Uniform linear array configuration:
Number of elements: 4
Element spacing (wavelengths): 0.75
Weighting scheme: uniform
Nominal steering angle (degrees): -45
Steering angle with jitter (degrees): -43.675
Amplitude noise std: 0.05
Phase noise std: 0.05

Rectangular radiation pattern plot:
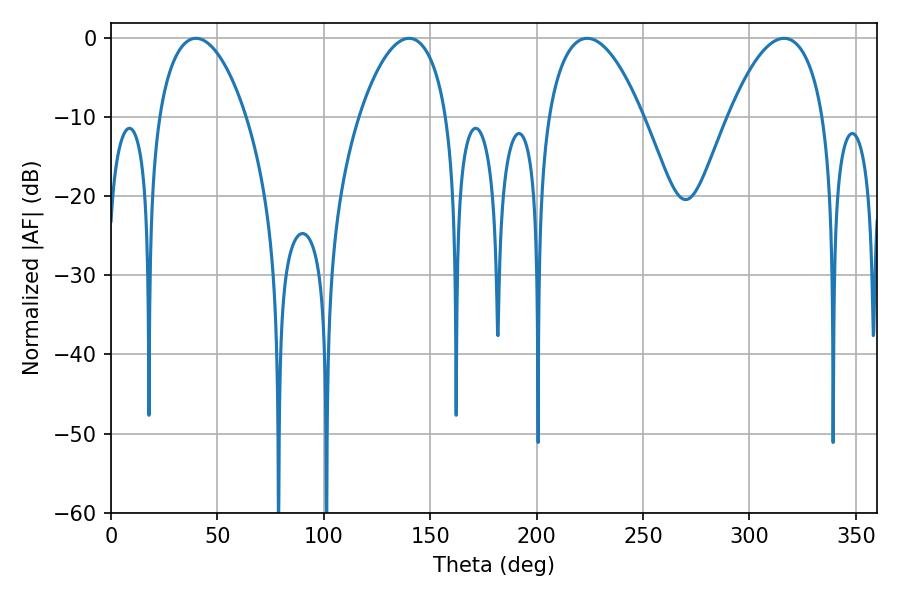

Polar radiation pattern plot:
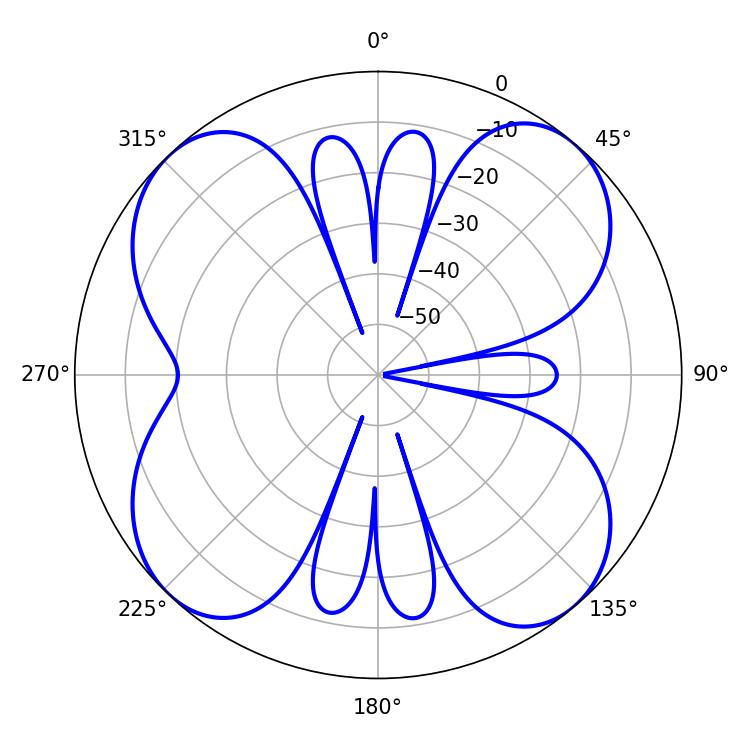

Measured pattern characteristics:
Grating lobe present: TRUE
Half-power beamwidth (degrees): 24.84
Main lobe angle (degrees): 223.74